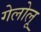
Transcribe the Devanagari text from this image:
गेलोलू